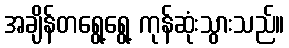
အချိန်တရွေ့ရွေ့ ကုန်ဆုံးသွားသည်။